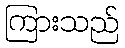
ကြားသည်